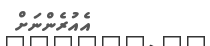
އެއުރެންނަށް